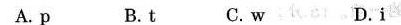
A.p B.t C.w D.i